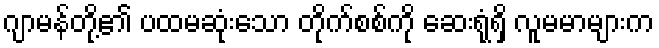
ဂျာမန်တို့၏ ပထမဆုံးသော တိုက်စစ်ကို ဆေးရုံရှိ လူမမာများက